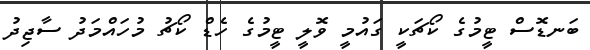
ބަނޑޮސް ޓީމުގެ ކޯޗަކީ ގައުމީ ވޮލީ ޓީމުގެ ހެޑް ކޯޗު މުހައްމަދު ސާޖިދު